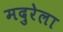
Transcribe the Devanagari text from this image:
मदुरेला